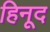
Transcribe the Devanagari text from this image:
हिनूद